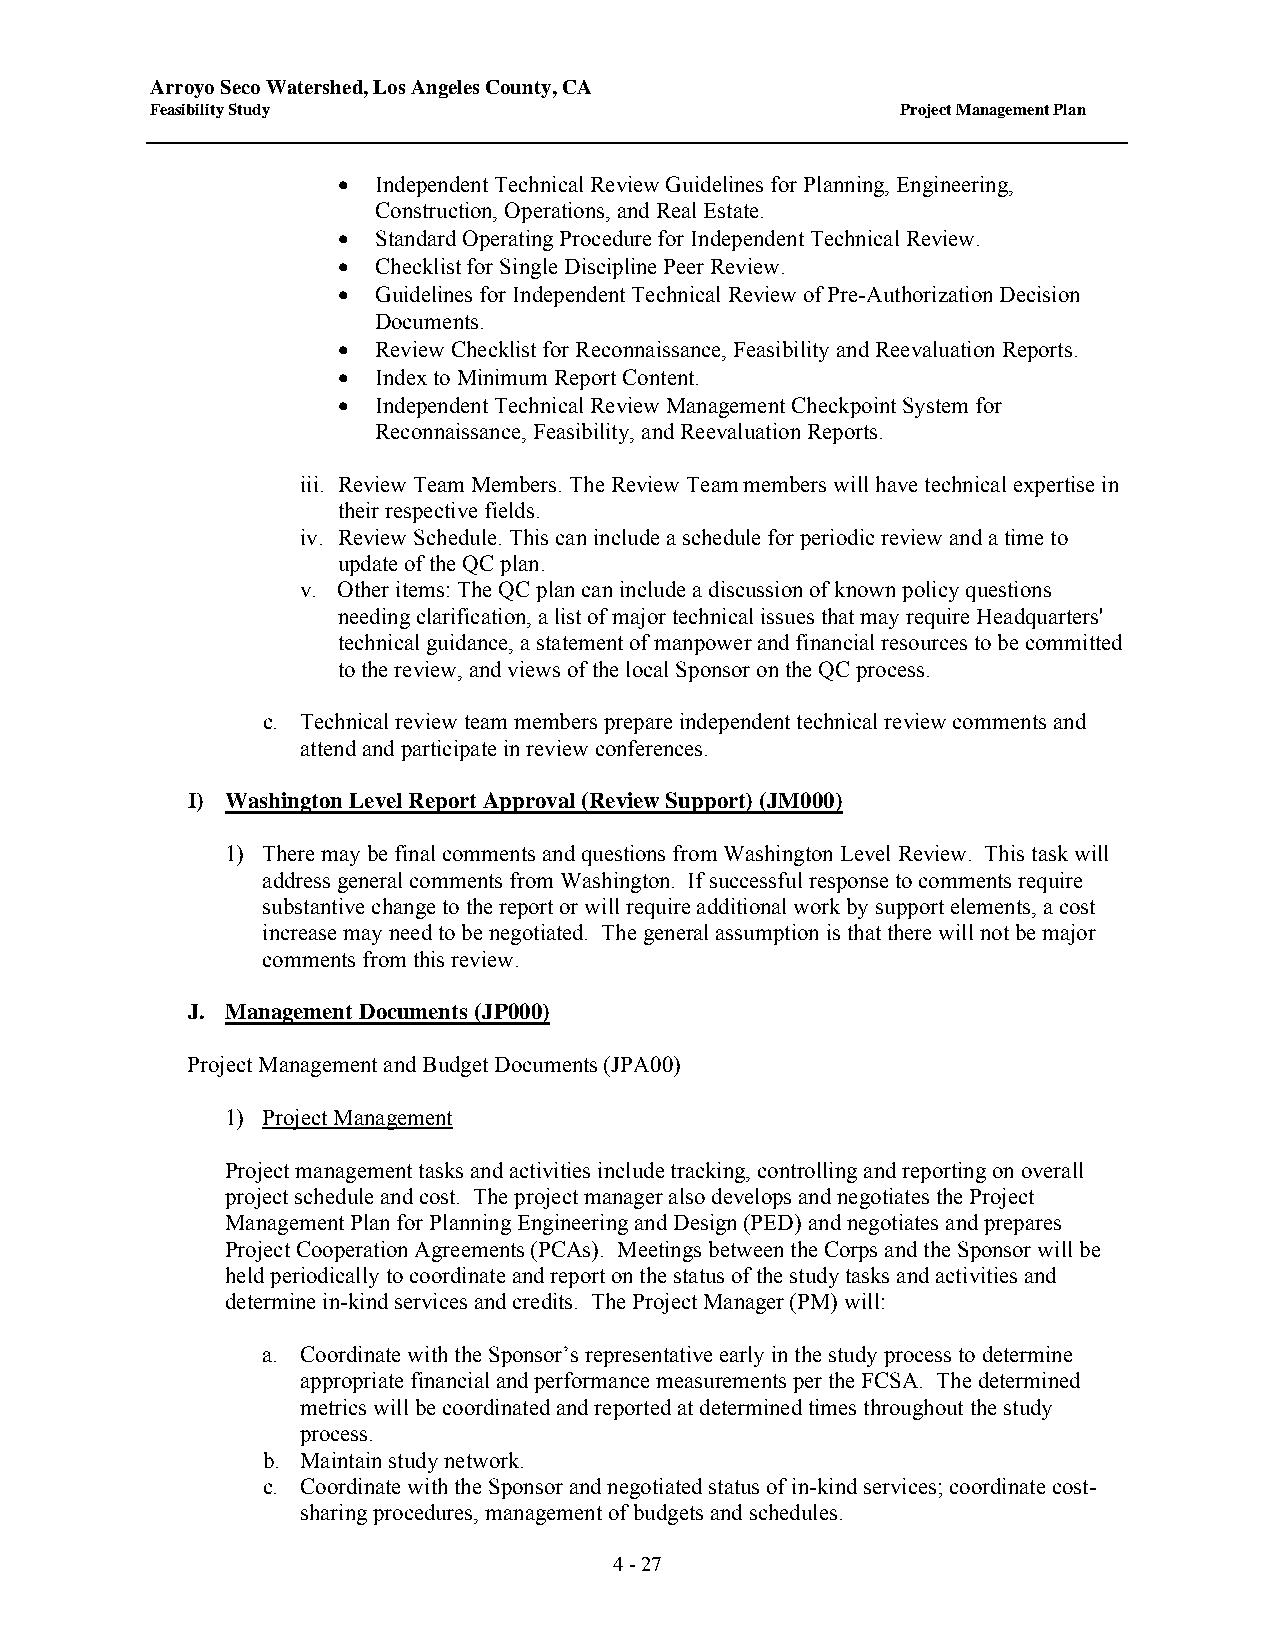
Arroyo Seco Watershed, Los Angeles County, CA
 Feasibility Study                                 Project Management Plan
 •  Independent Technical Review Guidelines for Planning, Engineering,
 Construction, Operations, and Real Estate.
 •  Standard Operating Procedure for Independent Technical Review.
 •  Checklist for Single Discipline Peer Review.
 •  Guidelines for Independent Technical Review of Pre-Authorization Decision
 Documents.
 •  Review Checklist for Reconnaissance, Feasibility and Reevaluation Reports.
 •  Index to Minimum Report Content.
 •  Independent Technical Review Management Checkpoint System for
 Reconnaissance, Feasibility, and Reevaluation Reports.
 iii. Review Team Members. The Review Team members will have technical expertise in
 their respective fields.
 iv. Review Schedule. This can include a schedule for periodic review and a time to
 update of the QC plan.
 v. Other items: The QC plan can include a discussion of known policy questions
 needing clarification, a list of major technical issues that may require Headquarters'
 technical guidance, a statement of manpower and financial resources to be committed
 to the review, and views of the local Sponsor on the QC process.
 c. Technical review team members prepare independent technical review comments and
 attend and participate in review conferences.
 I) Washington Level Report Approval (Review Support) (JM000)
 1) There may be final comments and questions from Washington Level Review. This task will
 address general comments from Washington. If successful response to comments require
 substantive change to the report or will require additional work by support elements, a cost
 increase may need to be negotiated. The general assumption is that there will not be major
 comments from this review.
 J. Management Documents (JP000)
 Project Management and Budget Documents (JPA00)
 1) Project Management
 Project management tasks and activities include tracking, controlling and reporting on overall
 project schedule and cost. The project manager also develops and negotiates the Project
 Management Plan for Planning Engineering and Design (PED) and negotiates and prepares
 Project Cooperation Agreements (PCAs). Meetings between the Corps and the Sponsor will be
 held periodically to coordinate and report on the status of the study tasks and activities and
 determine in-kind services and credits. The Project Manager (PM) will:
 a. Coordinate with the Sponsor’s representative early in the study process to determine
 appropriate financial and performance measurements per the FCSA. The determined
 metrics will be coordinated and reported at determined times throughout the study
 process.
 b. Maintain study network.
 c. Coordinate with the Sponsor and negotiated status of in-kind services; coordinate cost-
 sharing procedures, management of budgets and schedules.
 4 - 27